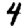
Digit: 4